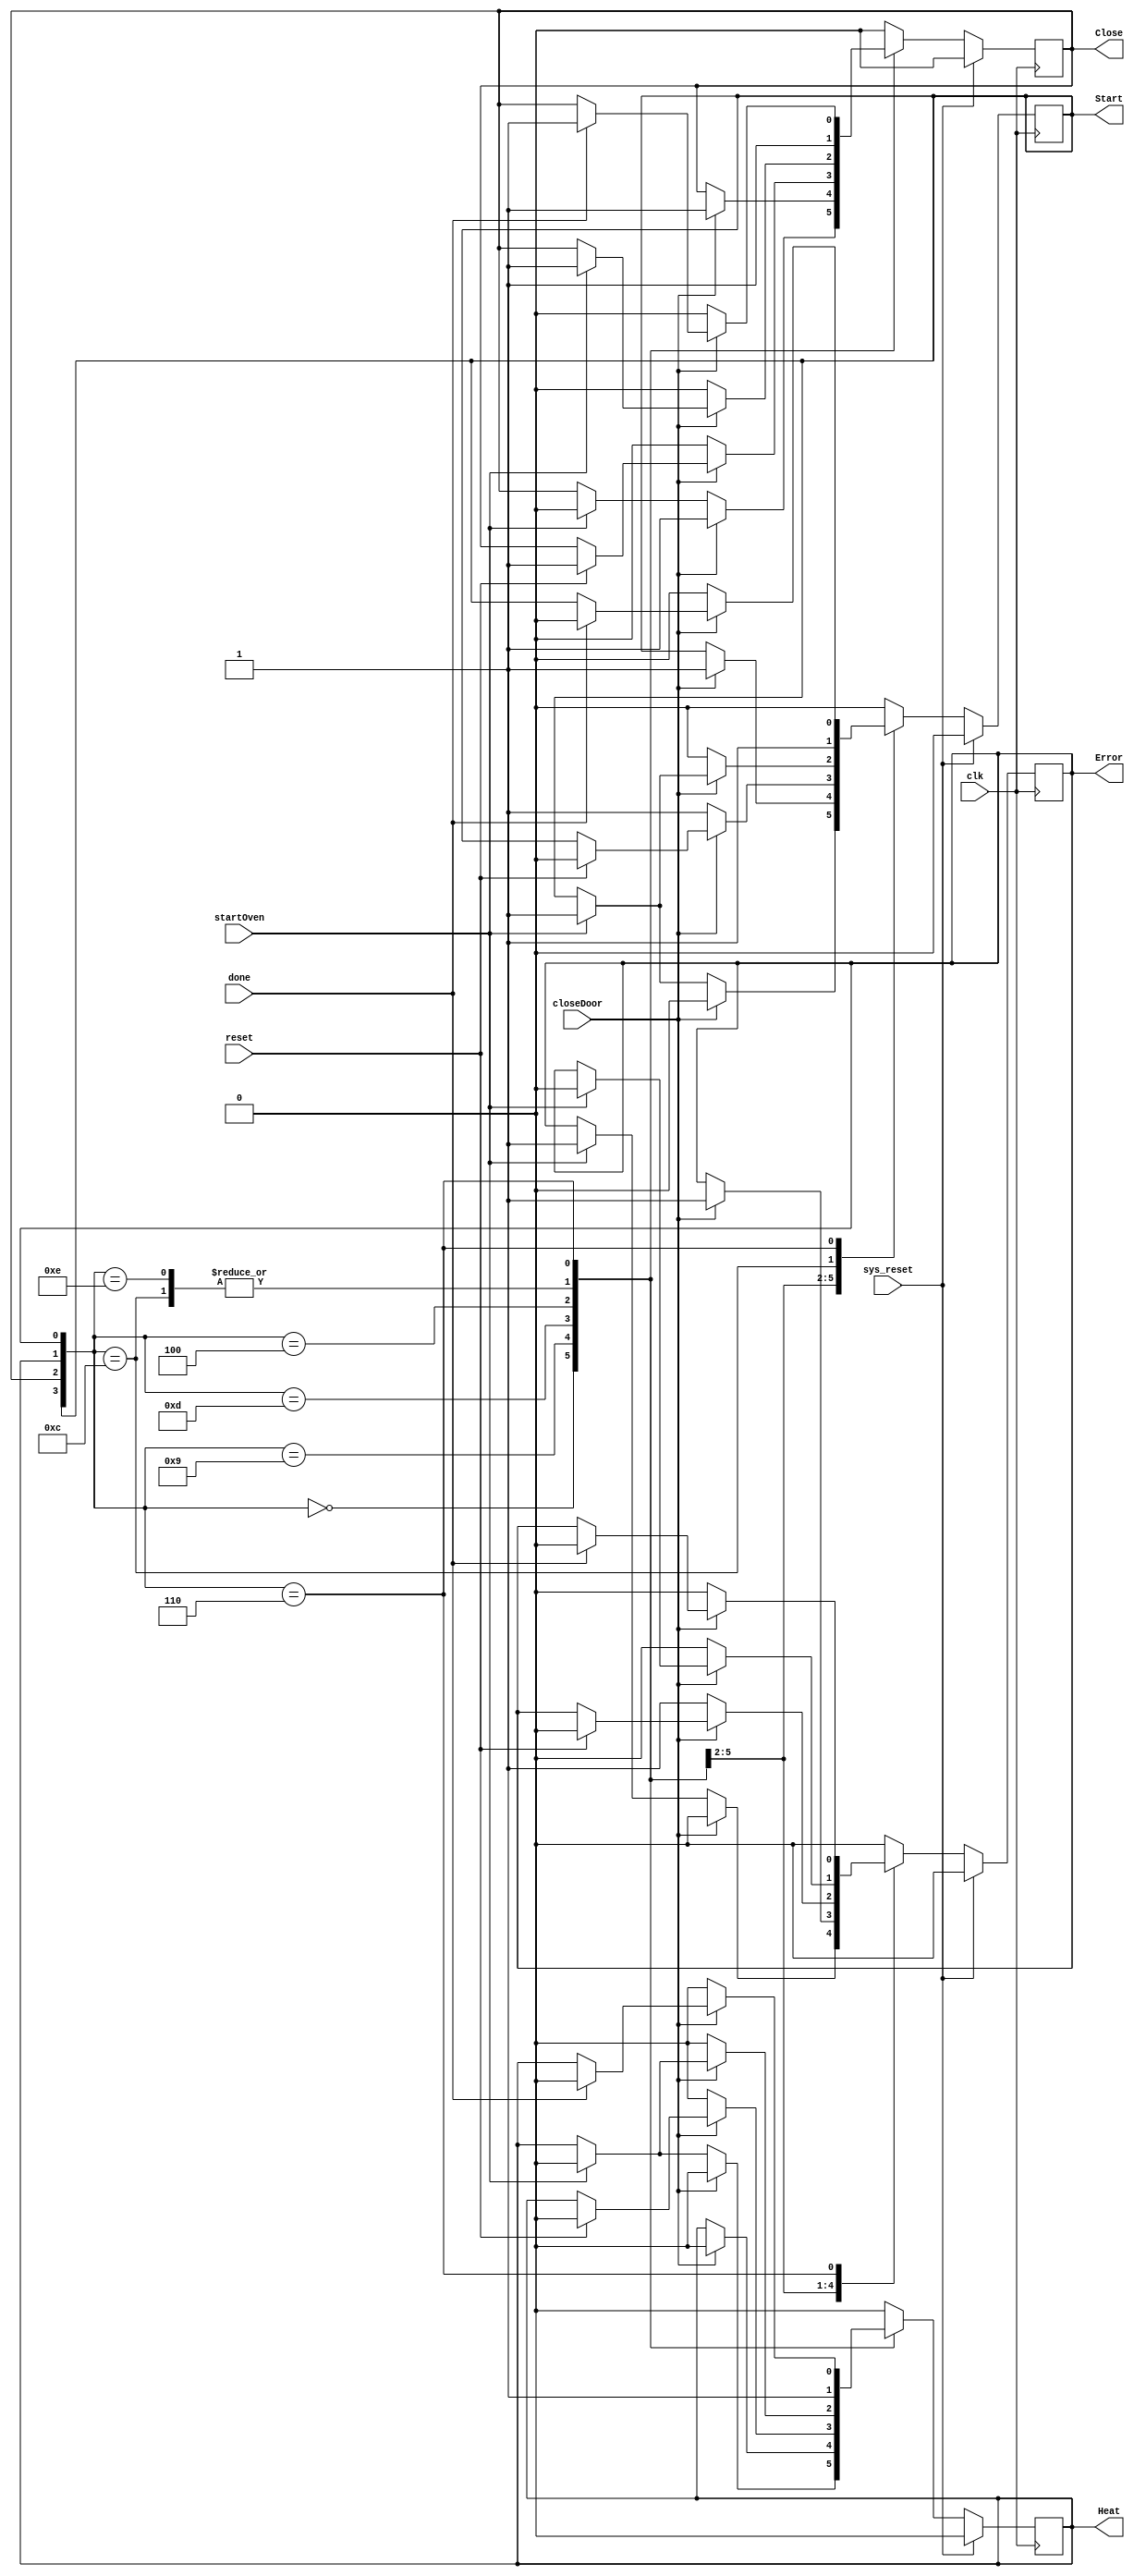
`timescale 1 ns/10 ps

module microwave(input clk, sys_reset, reset, closeDoor, startOven, done, 
output reg Start, Close, Heat, Error);
   
   always @ (posedge clk)
     begin
        if (sys_reset == 1'b1)
          begin
             {Start, Close, Heat, Error} <= 4'b0000;
          end
        else
          begin
             case ({Start, Close, Heat, Error})
               4'b0000:
                 if (closeDoor) {Start, Close, Heat, Error} <= 4'b0100;
                 else if (startOven) {Start, Close, Heat, Error} <= 4'b1001;
               4'b1001:
                 if (closeDoor) {Start, Close, Heat, Error} <= 4'b1101;
               4'b1101:
                 if (~closeDoor){Start, Close, Heat, Error} <= 4'b1001;
                 else if (reset) {Start, Close, Heat, Error} <= 4'b0100;
               4'b0100:
                 if (~closeDoor){Start, Close, Heat, Error} <= 4'b0000;
                 else if (startOven) {Start, Close, Heat, Error} <= 4'b1100;
               4'b1100:
                 {Start, Close, Heat, Error} <= 4'b1110;
               4'b1110:
                 {Start, Close, Heat, Error} <= 4'b0110;
               4'b0110:
                 if (~closeDoor){Start, Close, Heat, Error} <= 4'b0000;
                 else if (done) {Start, Close, Heat, Error} <= 4'b0100;
               default:
                 {Start, Close, Heat, Error} <= 4'b0000;
             endcase
          end
     end
endmodule // microwave